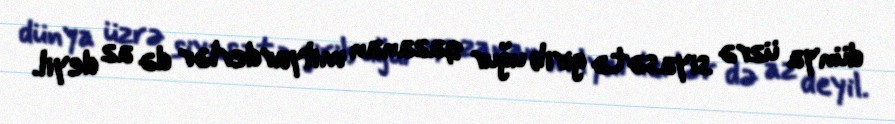
dünya üzrə siyasətə girib uğur qazanan milyarderlər də az deyil.